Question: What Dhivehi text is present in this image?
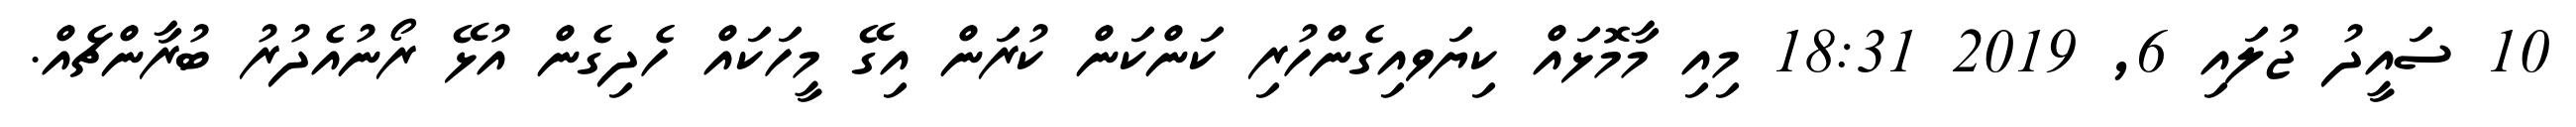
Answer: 10 ސައީދު ޖުލައި 6, 2019 18:31 މިއި މާމޮޅައް ކިޔަވއިގެންހުރި ކަންކަން ކުރަން އިގޭ މީހަކައް ހެދިގެން އުޅޭ ރޯނުއެދުރު ބުރާންޗެއް.